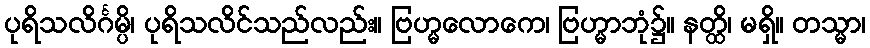
ပုရိသလိင်္ဂမ္ပိ၊ ပုရိသလိင်သည်လည်း။ ဗြဟ္မလောကေ၊ ဗြဟ္မာဘုံ၌။ နတ္ထိ၊ မရှိ။ တသ္မာ၊